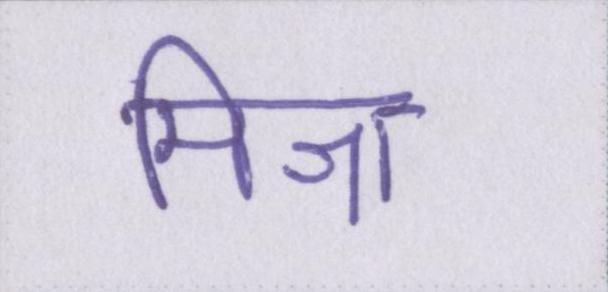
मिश्रा